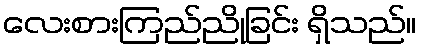
လေးစားကြည်ညိုခြင်း ရှိသည်။